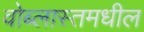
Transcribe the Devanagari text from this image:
वोब्लास्तमधील